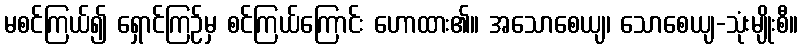
မစင်ကြယ်၍ ရှောင်ကြဉ်မှ စင်ကြယ်ကြောင်း ဟောထား၏။ အသောစေယျ၊ သောစေယျ-သုံးမျိုးစီ။